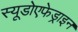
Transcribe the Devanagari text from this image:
स्यूडोएफेड्राइन